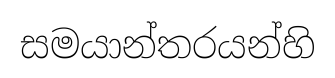
සමයාන්තරයන්හි